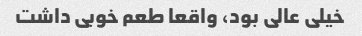
خیلی عالی بود، واقعا طعم خوبی داشت